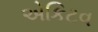
એકિટવ